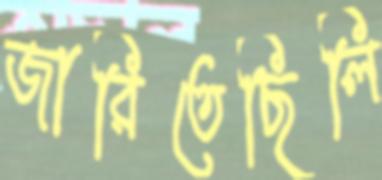
জারিতেছিলি